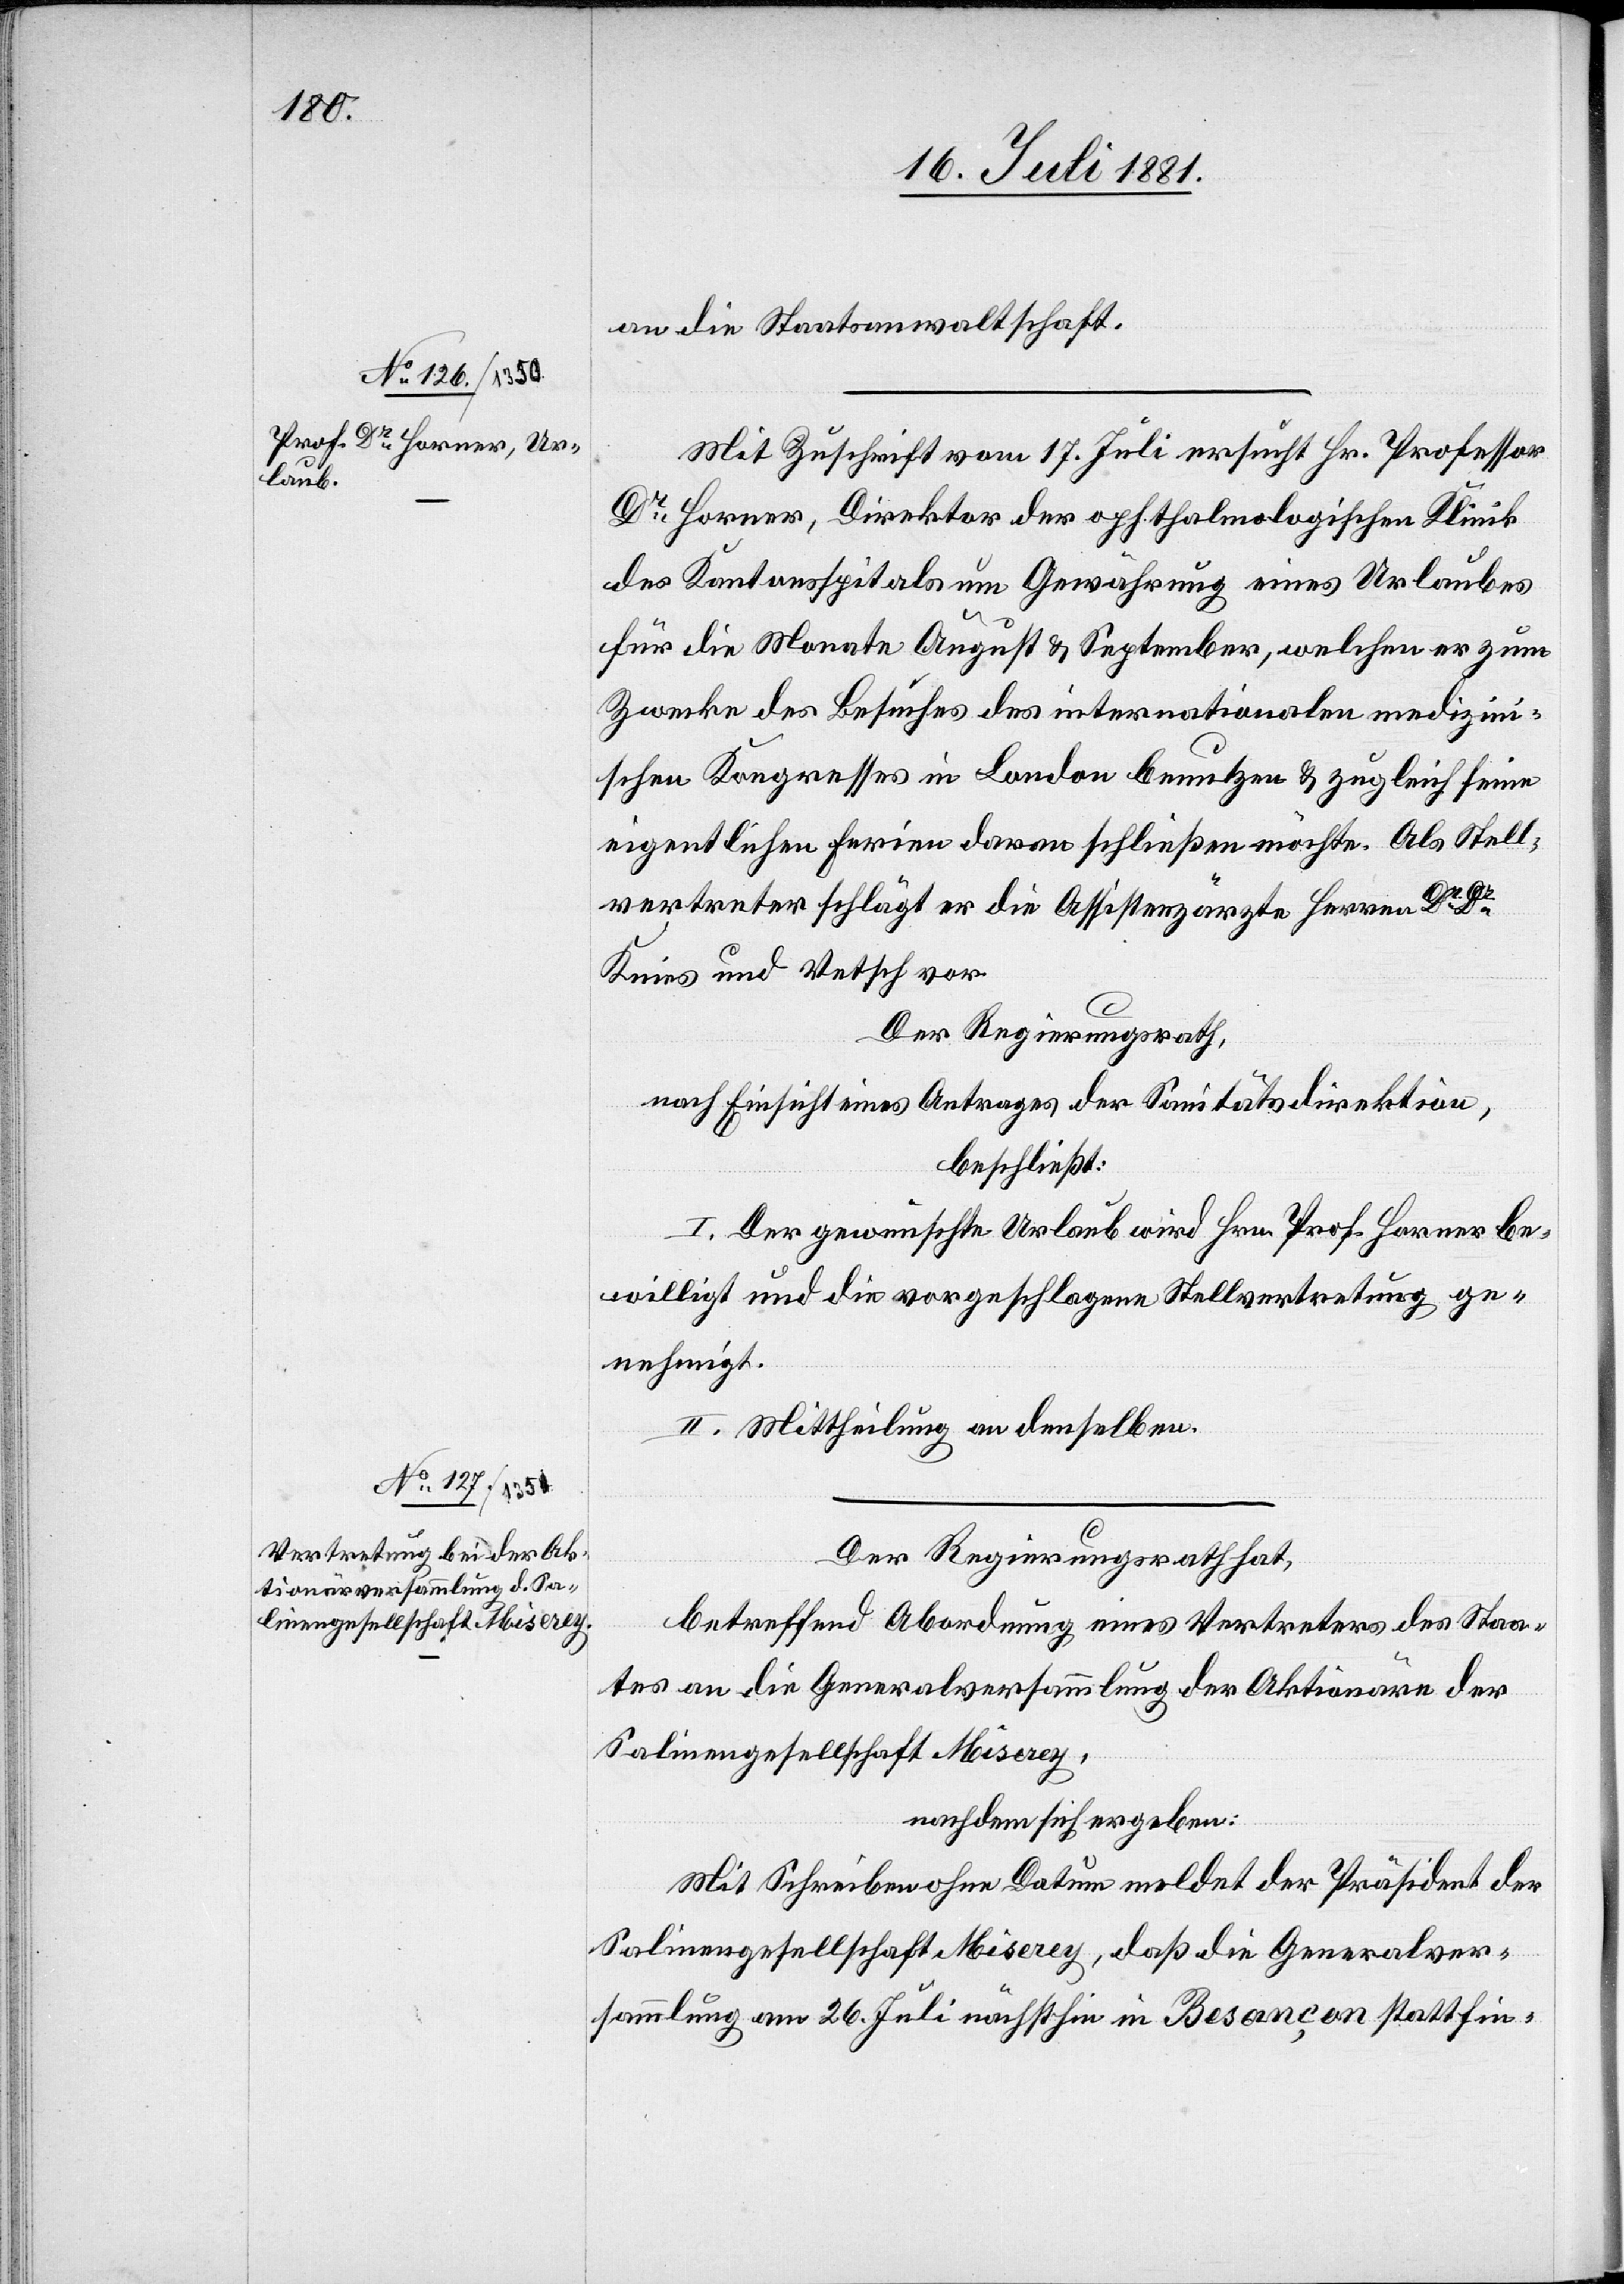
18. Juli 1881.]
an die Staatsanwaltschaft.
Mit Zuschrift vom 17. Juli ersucht Hr. Professor
Dr Horner, Direktor der ophthalmologischen Klinik
des Kantonsspitals um Gewährung eines Urlaubes
für die Monate August & September, welchen er zum
Zwecke des Besuches des internationalen medizin¬
ischen Kongresses in London benutzen & zugleich seine
eigentlichen Ferien daran schließen möchte. Als Stell¬
vertreter schlägt er die Assistenzärzte Herren Dr Dr
Knies und Vetsch vor.
Der Regierungsrath,
nach Einsicht eines Antrages der Sanitätsdirektion,
beschließt:
I. Der gewünschte Urlaub wird Hrn. Prof. Horner be¬
willigt und die vorgeschlagene Stellvertretung ge¬
nehmigt.
II. Mittheilung an denselben.
Der Regierungsrath hat,
betreffend Abordnung eines Vertreters des Staa¬
tes an die Generalsversammlung der Aktionäre der
Salinengesellschaft Miserey,
nachdem sich ergeben:
Mit Schreiben ohne Datum meldet der Präsident der
Salinengesellschaft Miserey, daß die Generalver¬
sammlung am 26. Juli nächsthin in Besançon stattfin-